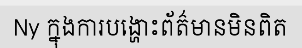
Ny ក្នុងការបង្ហោះព័ត៌មានមិនពិត